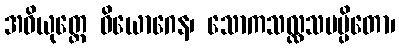
အဝိယုတ္တေ ဝိယောဂေန၊ သောကသလ္လသမပ္ပိတော၊